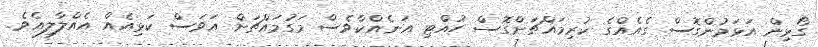
ގޯޅިން އަޅަމުންގޮސް ގެއެއްގެ ކުރިމައްޗަށްގޮސް ހުއްޓި އަނެއްކާވެސް މަގުމައްޗަށް އަވަސް ކަޅިއެއް އެއްލާލިއެވެ.